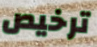
ترخيص